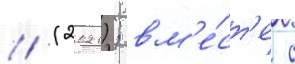
// (2021); вм'е́ст'е с